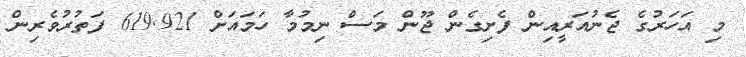
މި އަހަރުގެ ޖެނުއަރީއިން ފެށިގެން ޖޫން މަސް ނިމުމާ ހަމައަށް 619